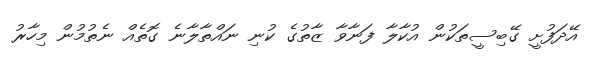
އޭދަފުށީ ގޭބިސީތަކުން އުކާލާ ފަނާވާ ޒާތުގެ ކުނި ނައްތާލާނެ ގޮތެއް ނެތުމުން މިހާރު